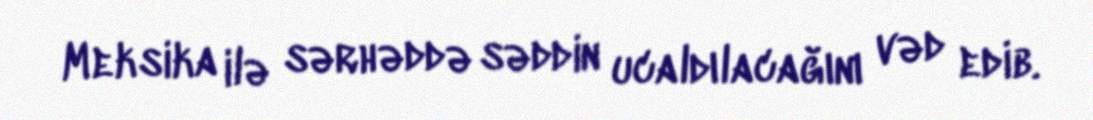
Meksika ilə sərhəddə səddin ucaldılacağını vəd edib.